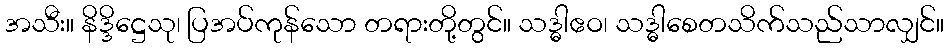
အသီး။ နိဒ္ဒိဋ္ဌေသု၊ ပြအပ်ကုန်သော တရားတို့တွင်။ သဒ္ဓါဧဝ၊ သဒ္ဓါစေတသိက်သည်သာလျှင်။